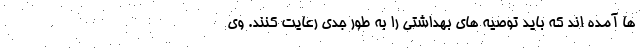
ها آمده اند که باید توصیه های بهداشتی را به طور جدی رعایت کنند. وی